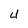
Character: 4